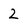
Character: 2